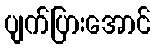
ပျက်ပြားအောင်